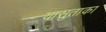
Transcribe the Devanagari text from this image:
यासुताका